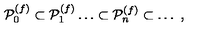
{ \cal P } _ { 0 } ^ { ( f ) } \subset { \cal P } _ { 1 } ^ { ( f ) } \dots \subset { \cal P } _ { n } ^ { ( f ) } \subset \dots \ ,